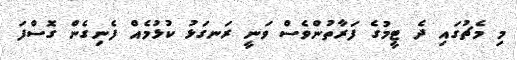
މި މެޗުގައި ދެ ޓީމުގެ ފަރާތުންވެސް ވަނީ ރަނގަޅު ކުޅުމެއް ފެނިގެން ގޮސްފަ